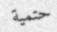
حتمية